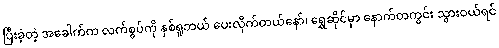
ပြီးခဲ့တဲ့ အခေါက်က လက်စွပ်ကို နှစ်ရူဘယ် ပေးလိုက်တယ်နော်၊ ရွှေဆိုင်မှာ နောက်တကွင်း သွားဝယ်ရင်